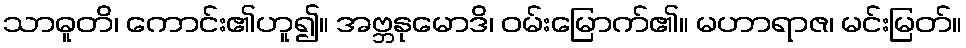
သာဓူတိ၊ ကောင်း၏ဟူ၍။ အဗ္ဘနုမောဒိ၊ ဝမ်းမြောက်၏။ မဟာရာဇ၊ မင်းမြတ်။